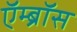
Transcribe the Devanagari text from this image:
ऍम्ब्रॉस